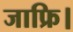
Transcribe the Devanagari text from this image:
जाफ्रि।